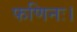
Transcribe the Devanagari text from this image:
फणिनः।